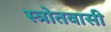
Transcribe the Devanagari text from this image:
स्त्रोतवासी